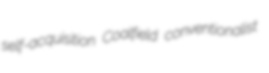
self-acquisition Coalfield conventionalist